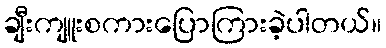
ချီးကျူးစကားပြောကြားခဲ့ပါတယ်။